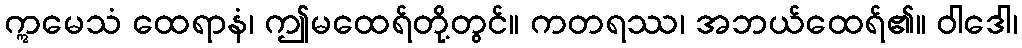
ဣမေသံ ထေရာနံ၊ ဤမထေရ်တို့တွင်။ ကတရဿ၊ အဘယ်ထေရ်၏။ ဝါဒေါ၊